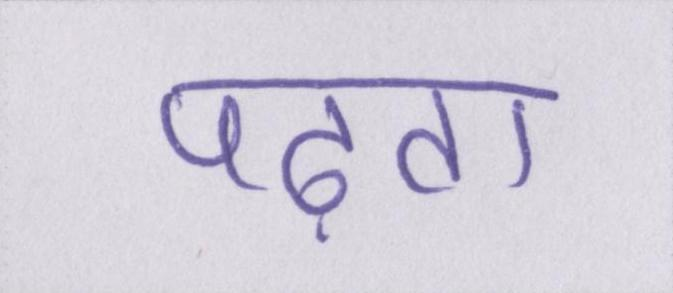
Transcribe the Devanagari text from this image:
पढ़ता